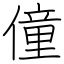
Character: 僮